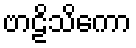
ဗာဠိသိကော